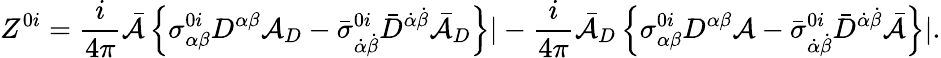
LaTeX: Z^{0i}=\frac{i}{4\pi}{\bar{\cal A}}\left\{ \sigma_{\alpha\beta}^{0i}D^{\alpha\beta}{\cal A}_{D}-{\bar{\sigma}}_{\dot{\alpha}\dot{\beta}}^{0i}{\bar{D}}^{\dot{\alpha}\dot{\beta}}{\bar{\cal A}}_{D}\right\} |-\frac{i}{4\pi}{\bar{\cal A}}_{D}\left\{ \sigma_{\alpha\beta}^{0i}D^{\alpha\beta}{\cal A}-{\bar{\sigma}}_{\dot{\alpha}\dot{\beta}}^{0i}{\bar{D}}^{\dot{\alpha}\dot{\beta}}{\bar{\cal A}}\right\} |.